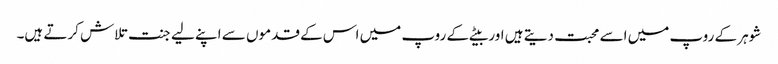
شوہر کے روپ میں اسے محبت دیتے ہیں اور بیٹے کے روپ میں اس کے قدموں سے اپنے لیے جنت تلاش کرتے ہیں۔